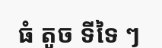
ធំ តូច ទីទៃ ៗ